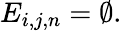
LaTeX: E_{i,j,n}=\emptyset.